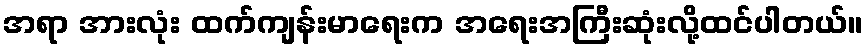
အရာ အားလုံး ထက်ကျန်းမာရေးက အရေးအကြီးဆုံးလို့ထင်ပါတယ်။